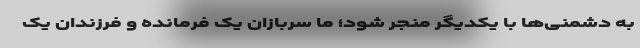
به دشمنی‌ها با یکدیگر منجر شود؛ ما سربازان یک فرمانده و فرزندان یک